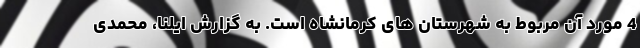
4 مورد آن مربوط به شهرستان های کرمانشاه است. به گزارش ایلنا، محمدی